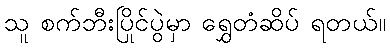
သူ စက်ဘီးပြိုင်ပွဲမှာ ရွှေတံဆိပ် ရတယ်။